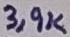
Text: 3,9K